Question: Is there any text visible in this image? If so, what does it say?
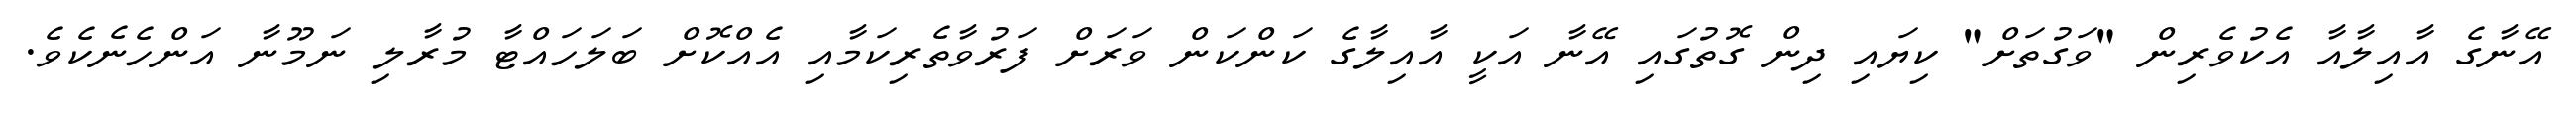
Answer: އޭނާގެ އާއިލާއާ އެކުވެރިން "ވަގުތަށް" ކިޔައި ދިން ގޮތުގައި އޭނާ އަކީ އާއިލާގެ ކަންކަން ވަރަށް ފަރުވާތެރިކަމާއި އެއްކޮށް ބަލަހައްޓާ މުރާލި ނަމޫނާ އަންހެނެކެވެ.